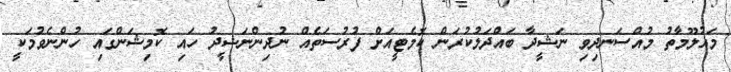
މައުލޫމާތު މުއްސަނދިވި ނަޝީދާ ބައްދަލުކުރަން ކޮމެޓީއަށް ފުރުސަތެއް ނުދިންނަޝީދު ހައި ކޮމިޝަންގައި ހުންނެވުމަކީ